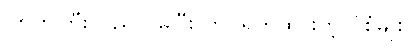
ကြက်ကြီးလည်လိမ်ပြီး ကိုင်ရိုက်ထားတဲ့ ပုံစံမျိုး။